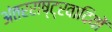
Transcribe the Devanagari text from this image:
अंतरराष्ट्रवादियों